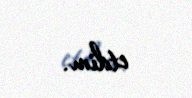
etdim.